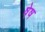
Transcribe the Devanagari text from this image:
षेष